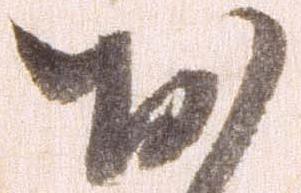
お